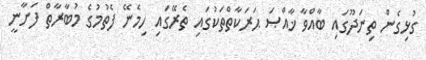
ގުޅިގެން ތިނަދޫގައި ބާއްވާ ޚާއްޞަ ޙަރަކާތްތަކުގައި ތެރޭގައި ހިމެނޭ ފެތުމުގެ މުބާރާތް ފަށާނީ